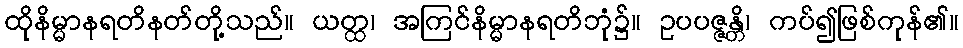
ထိုနိမ္မာနရတိနတ်တို့သည်။ ယတ္ထ၊ အကြင်နိမ္မာနရတိဘုံ၌။ ဥပပဇ္ဇန္တိ၊ ကပ်၍ဖြစ်ကုန်၏။